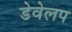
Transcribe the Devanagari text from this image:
डेवेलप